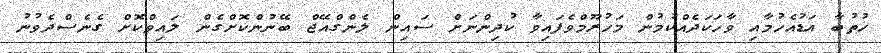
ޚުތުބާ އަޑުއެހުމާއި ވާހަކަދެއްކުމުން މަހުރޫމްވެފައިވާ ކުދިންނަށް ސައިން ލެންގްއޭޖް ބޭނުންކޮށްގެން ލައިވްކޮށް ގެނެސްދެވުނު